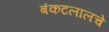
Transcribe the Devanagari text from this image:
बंकटलालचे